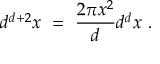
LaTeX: d ^ { d + 2 } x ~ = ~ \frac { 2 \pi x ^ { 2 } } { d } d ^ { d } x ~ .